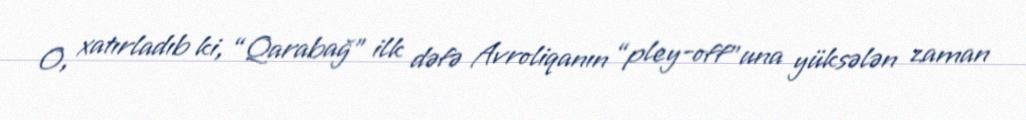
O, xatırladıb ki, “Qarabağ” ilk dəfə Avroliqanın “pley-off”una yüksələn zaman